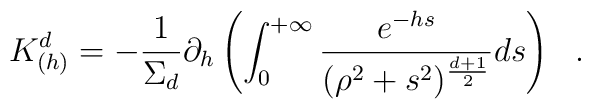
K^d_{(h)}=-{1\over \Sigma_d}\partial_h\left( \int_0^{+\infty}{e^{-hs} \over (\rho^2+s^2)^{d+1\over 2}}ds \right)~~.